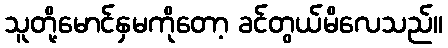
သူတို့မောင်နှမကိုတော့ ခင်တွယ်မိလေသည်။